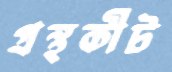
গ্রন্থকীট